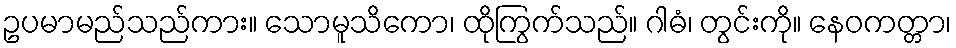
ဥပမာမည်သည်ကား။ သောမူသိကော၊ ထိုကြွက်သည်။ ဂါဓံ၊ တွင်းကို။ နေဝကတ္တာ၊